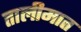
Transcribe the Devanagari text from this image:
तालीमात